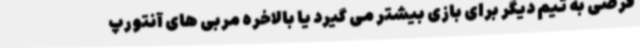
قرضی به تیم دیگر برای بازی بیشتر می گیرد یا بالاخره مربی های آنتورپ